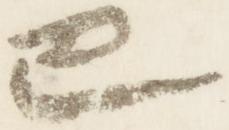
巴